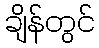
ချိန်တွင်